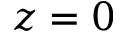
z = 0